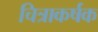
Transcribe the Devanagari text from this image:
चित्राकर्षक